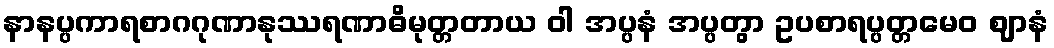
နာနပ္ပကာရစာဂဂုဏာနုဿရဏာဓိမုတ္တတာယ ဝါ အပ္ပနံ အပ္ပတွာ ဥပစာရပ္ပတ္တမေဝ ဈာနံ